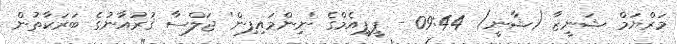
މަރްޔަމް ޝަނީޒާ (ޝާނީ) 09:44 - ޕީޕީއެމްގެ 'ނިންމައިފިން' ޖަލްސާ ޤުރުއާނުގެ ބަރަކާތުން